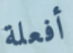
أفعلة